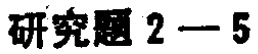
研究题 2—5